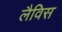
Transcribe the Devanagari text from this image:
लैविस